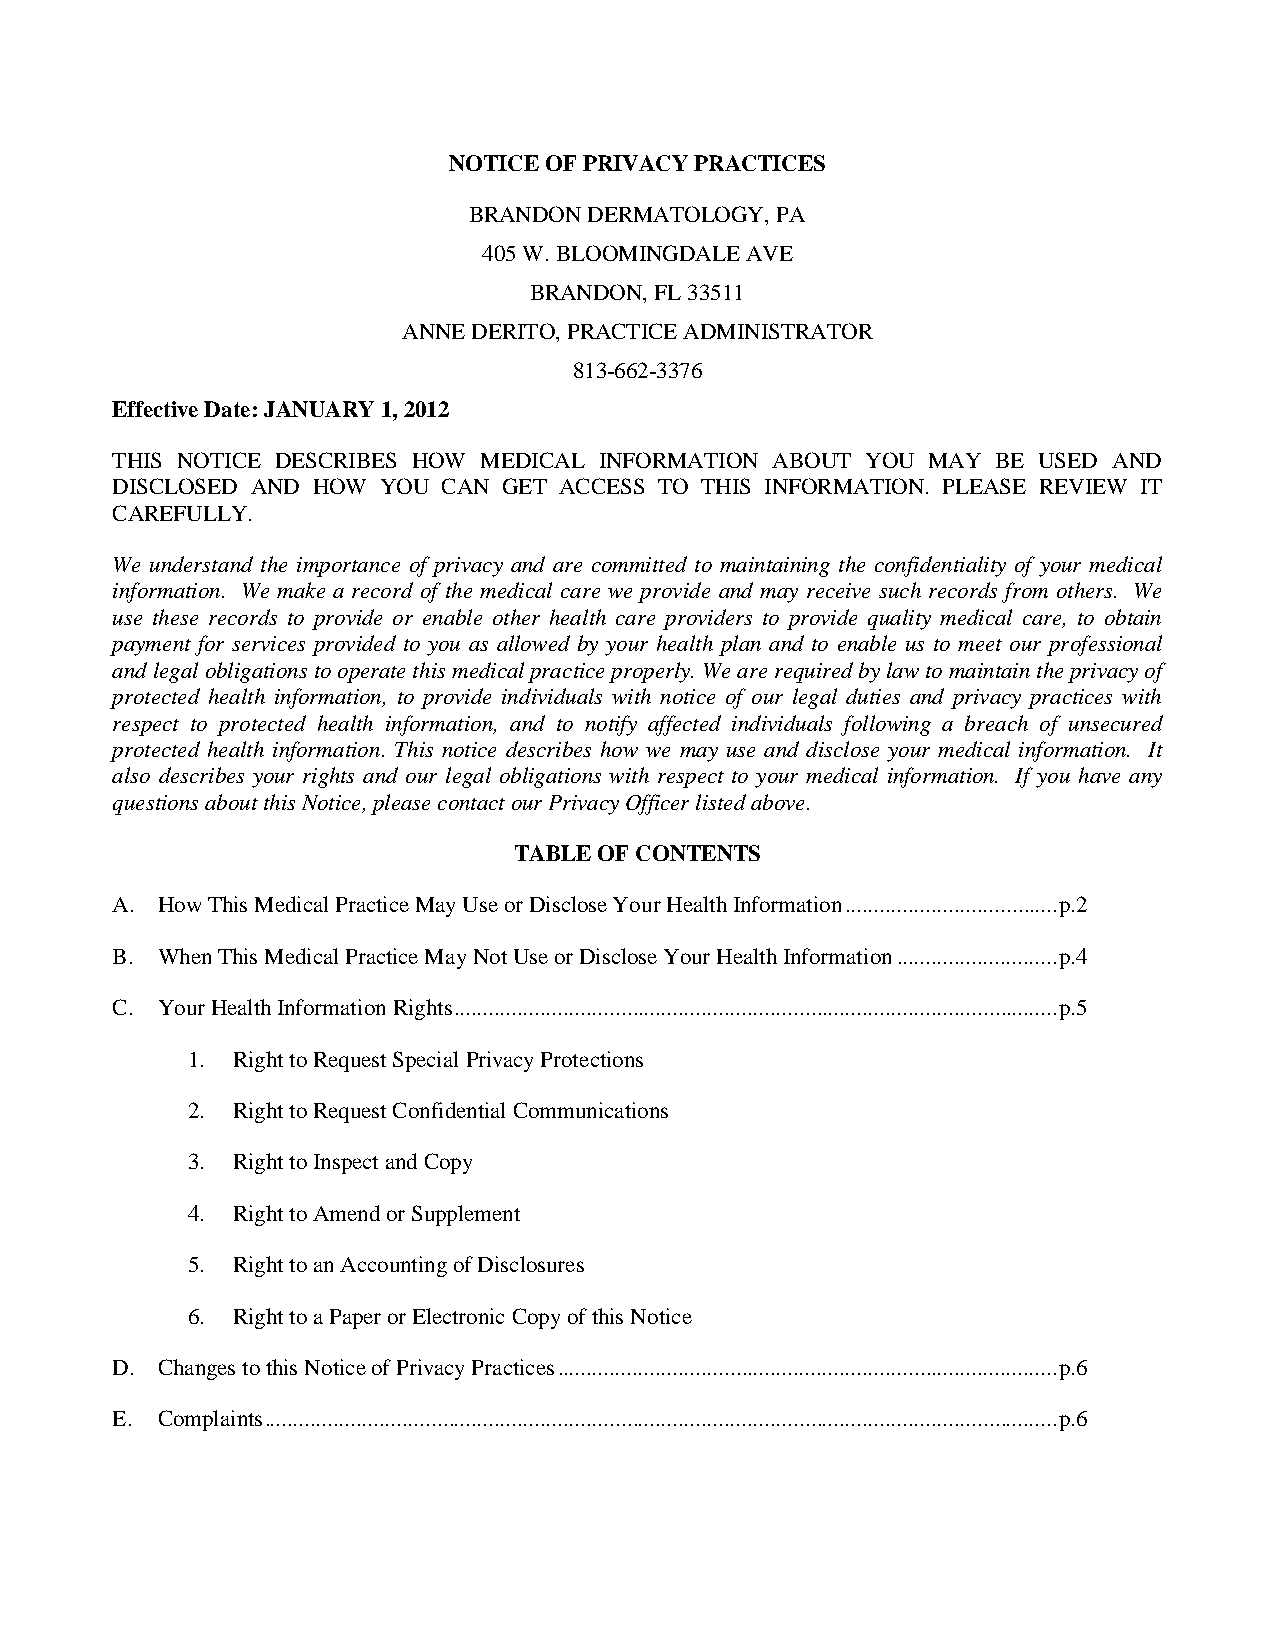
NOTICE OF PRIVACY PRACTICES
 BRANDON DERMATOLOGY, PA
 405 W. BLOOMINGDALE AVE
 BRANDON, FL 33511
 ANNE DERITO, PRACTICE ADMINISTRATOR
 813-662-3376
 Effective Date: JANUARY 1, 2012
 THIS NOTICE DESCRIBES HOW MEDICAL INFORMATION ABOUT YOU MAY BE USED AND
 DISCLOSED AND HOW YOU CAN GET ACCESS TO THIS INFORMATION. PLEASE REVIEW IT
 CAREFULLY.
 We understand the importance of privacy and are committed to maintaining the confidentiality of your medical
 information. We make a record of the medical care we provide and may receive such records from others. We
 use these records to provide or enable other health care providers to provide quality medical care, to obtain
 payment for services provided to you as allowed by your health plan and to enable us to meet our professional
 and legal obligations to operate this medical practice properly. We are required by law to maintain the privacy of
 protected health information, to provide individuals with notice of our legal duties and privacy practices with
 respect to protected health information, and to notify affected individuals following a breach of unsecured
 protected health information. This notice describes how we may use and disclose your medical information. It
 also describes your rights and our legal obligations with respect to your medical information. If you have any
 questions about this Notice, please contact our Privacy Officer listed above.
 TABLE OF CONTENTS
 A. How This Medical Practice May Use or Disclose Your Health Information ..................................... p.2
 B. When This Medical Practice May Not Use or Disclose Your Health Information ............................ p.4
 C. Your Health Information Rights ......................................................................................................... p.5
 1. Right to Request Special Privacy Protections
 2. Right to Request Confidential Communications
 3. Right to Inspect and Copy
 4. Right to Amend or Supplement
 5. Right to an Accounting of Disclosures
 6. Right to a Paper or Electronic Copy of this Notice
 D. Changes to this Notice of Privacy Practices ....................................................................................... p.6
 E. Complaints .......................................................................................................................................... p.6